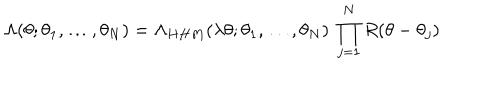
\Lambda ( \theta ; \theta _ { 1 } , \ldots , \theta _ { N } ) = \Lambda _ { H H M } ( \lambda \theta ; \theta _ { 1 } , \ldots , \theta _ { N } ) \ \prod _ { j = 1 } ^ { N } R ( \theta - \theta _ { j } )